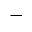
^ -